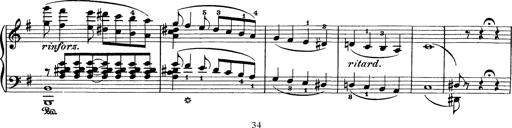
Title: AnnÃ©es de pÃ¨lerinage I
Composer: Franz Liszt